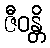
ဇီဝန္တိ